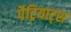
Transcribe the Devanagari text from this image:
पैट्रियाट्स